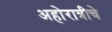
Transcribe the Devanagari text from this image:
अहोरात्रीचे